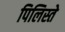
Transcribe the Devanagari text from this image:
पिलिस्ते